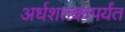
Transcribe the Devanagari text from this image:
अर्धशतकापर्यंत